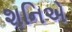
શનિએ